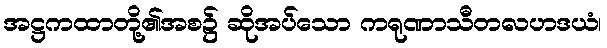
အဋ္ဌကထာတို့၏အစ၌ ဆိုအပ်သော ကရုဏာသီတလဟဒယံ၊